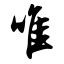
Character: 唯